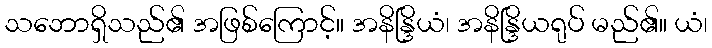
သဘောရှိသည်၏ အဖြစ်ကြောင့်။ အနိန္ဒြိယံ၊ အနိန္ဒြိယရုပ် မည်၏။ ယံ၊